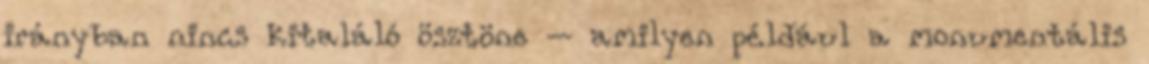
irányban nincs kitaláló ösztöne – amilyen például a monumentális